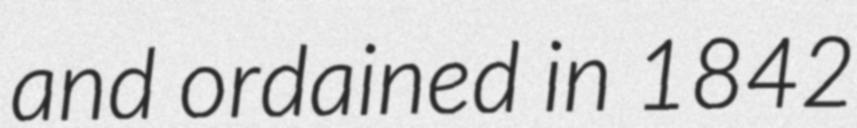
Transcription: and ordained in 1842